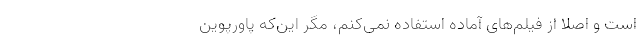
است و اصلا از فیلم‌های آماده استفاده نمی‌کنم، مگر این‌که پاورپوین